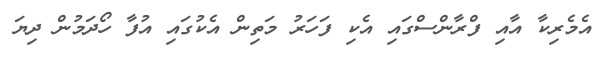
އެމެރިކާ އާއި ފްރާންސްގައި އެކި ފަހަރު މަތިން އެކުގައި އުފާ ހޯދަމުން ދިޔަ